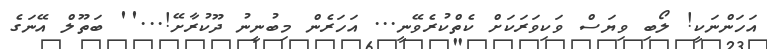
އަހަންނަކީ! ލޯބި ވިޔަސް ވަކިވަރަކަށް ކެތްކުރެވޭނީ... އަހަރެން މިބުނީނު ދޫކުރާށޭ!...'' ބަތޫލް އޭނަގެ